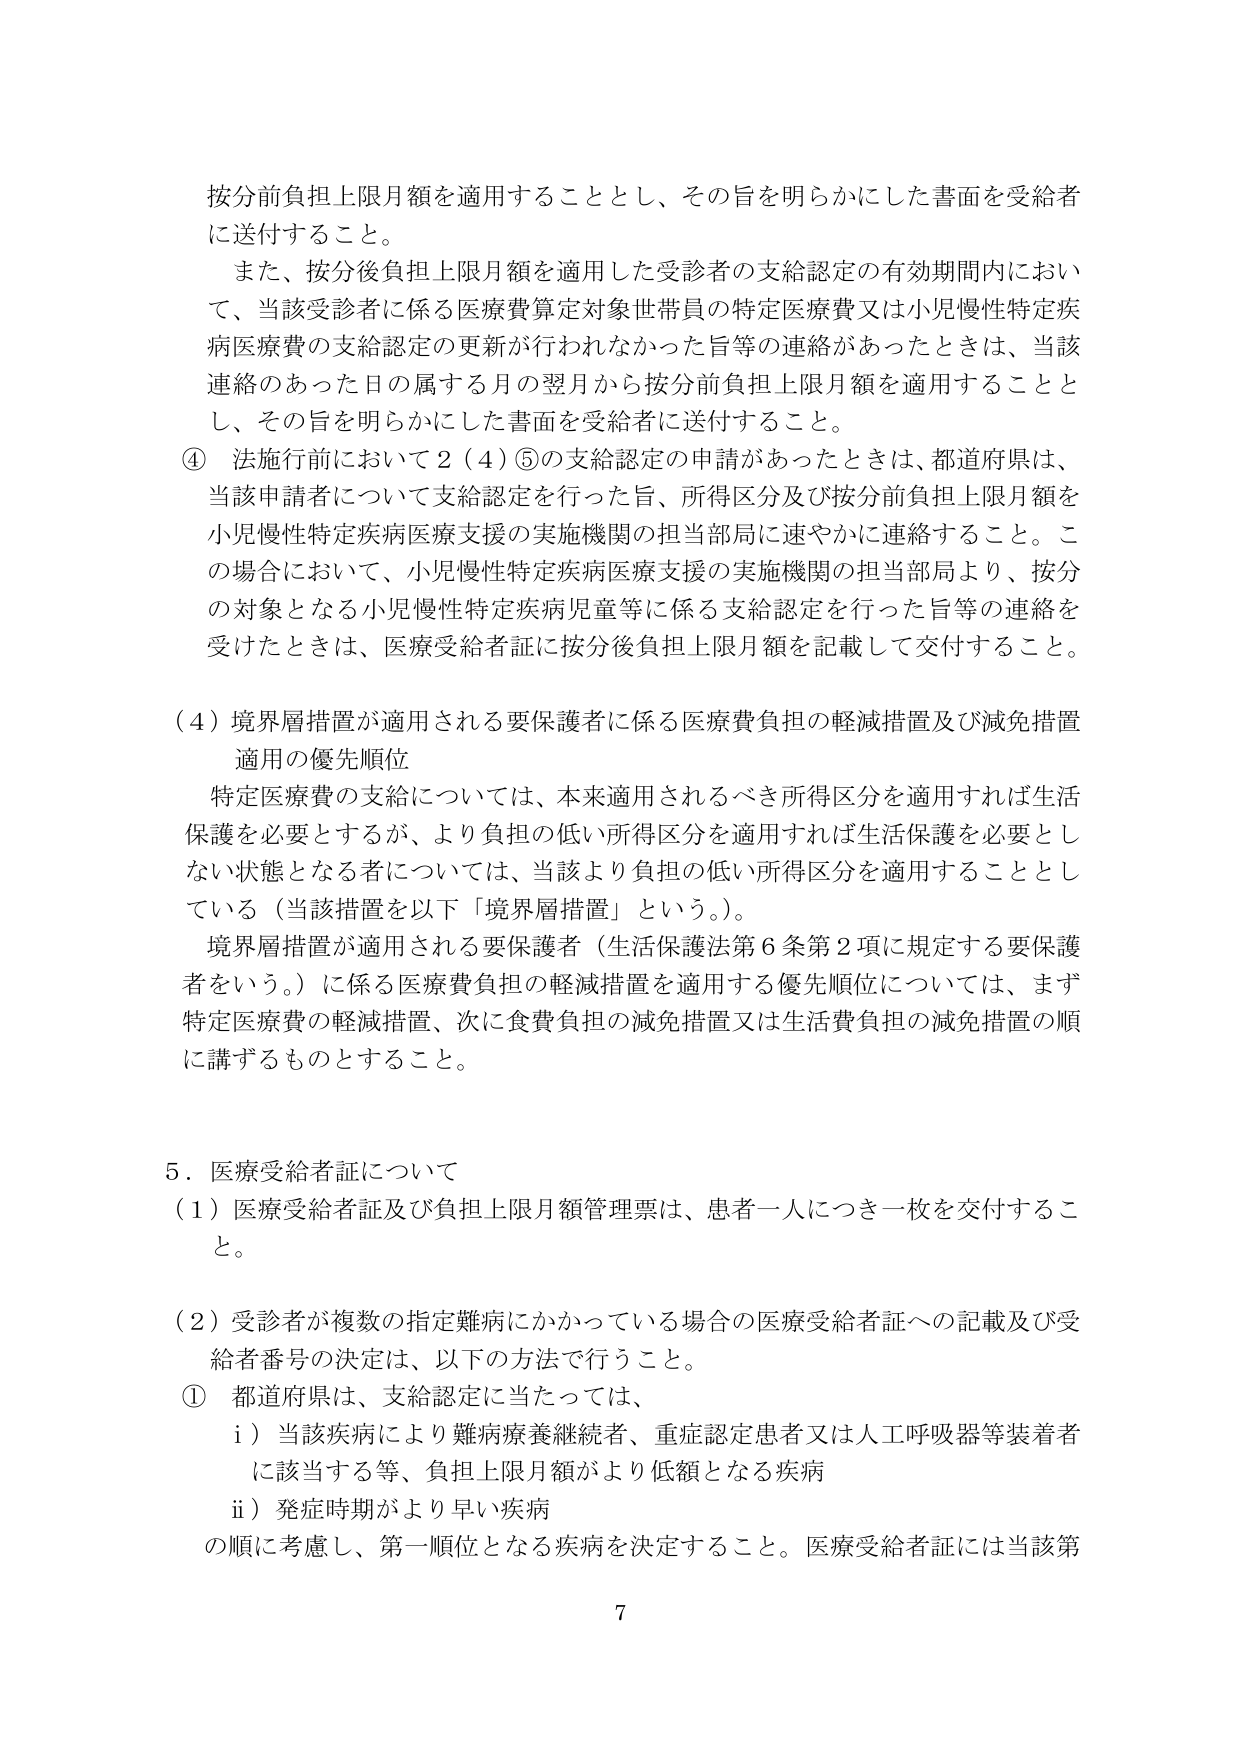
按分前負担上限月額を適用することとし、その旨を明らかにした書面を受給者に送付すること。

また、按分後負担上限月額を適用した受診者の支給認定の有効期間内において、当該受診者に係る医療費算定対象世帯員の特定医療費又は小児慢性特定疾病医療費の支給認定の更新が行われなかった旨等の連絡があったときは、当該連絡のあった日の属する月の翌月から按分前負担上限月額を適用することとし、その旨を明らかにした書面を受給者に送付すること。

④ 法施行前において２（４）⑤の支給認定の申請があったときは、都道府県は、当該申請者について支給認定を行った旨、所得区分及び按分前負担上限月額を小児慢性特定疾病医療支援の実施機関の担当部局に速やかに連絡すること。この場合において、小児慢性特定疾病医療支援の実施機関の担当部局より、按分の対象となる小児慢性特定疾病児童等に係る支給認定を行った旨等の連絡を受けたときは、医療受給者証に按分後負担上限月額を記載して交付すること。

（４）境界層措置が適用される要保護者に係る医療費負担の軽減措置及び減免措置適用の優先順位

特定医療費の支給については、本来適用されるべき所得区分を適用すれば生活保護を必要とするが、より負担の低い所得区分を適用すれば生活保護を必要としない状態となる者については、当該より負担の低い所得区分を適用することとしている（当該措置を以下「境界層措置」という。）。

境界層措置が適用される要保護者（生活保護法第６条第２項に規定する要保護者をいう。）に係る医療費負担の軽減措置を適用する優先順位については、まず特定医療費の軽減措置、次に食費負担の減免措置又は生活費負担の減免措置の順に講ずるものとすること。

５．医療受給者証について

（１）医療受給者証及び負担上限月額管理票は、患者一人につき一枚を交付すること。

（２）受診者が複数の指定難病にかかっている場合の医療受給者証への記載及び受給者番号の決定は、以下の方法で行うこと。

① 都道府県は、支給認定に当たっては、

　　ⅰ）当該疾病により難病療養継続者、重症認定患者又は人工呼吸器等装着者に該当する等、負担上限月額がより低額となる疾病

　　ⅱ）発症時期がより早い疾病

の順に考慮し、第一順位となる疾病を決定すること。医療受給者証には当該第

7